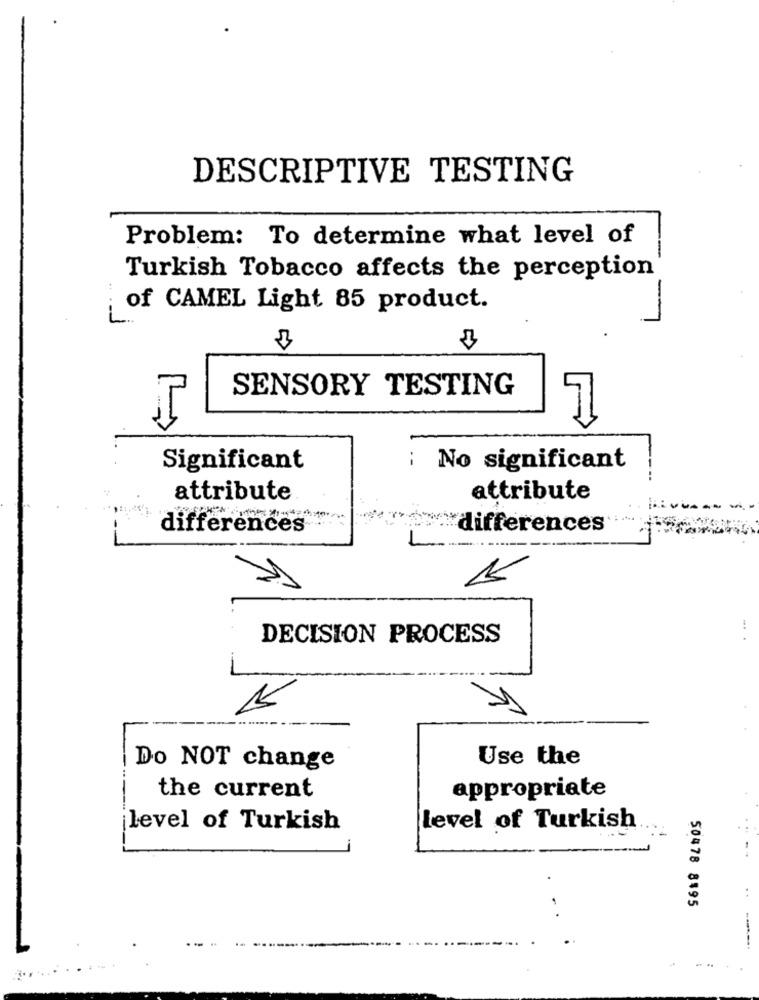
DESCRIPTIVE TESTING
Problem: To determine what level of
-
Turkish Tobacco affects the perception'
-
of CAMEL Light 85 product.
7
SENSORY TESTING
Significant
No significant
attribute
attribute
differences
differences
15
DECISION PROCESS
Use the
Do NOT change
the current
appropriate
level of Turkish
level of Turkish
50478 8495
..
-------